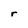
Character: r